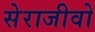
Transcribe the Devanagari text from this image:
सेराजीवो